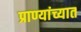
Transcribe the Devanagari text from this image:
प्राण्यांच्यात